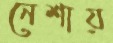
নেশায়